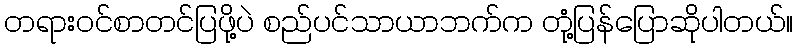
တရားဝင်စာတင်ပြဖို့ပဲ စည်ပင်သာယာဘက်က တုံ့ပြန်ပြောဆိုပါတယ်။